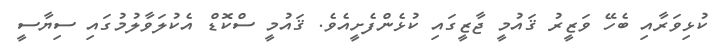
ކުޅިވަރާއި ބެހޭ ވަޒީރު ޤައުމީ ޖާޒީގައި ކުޅެންފެށީއެވެ. ޤައުމީ ސްކޮޑް އެކުލަވާލުމުގައި ސިޔާސީ